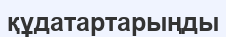
құдатартарыңды